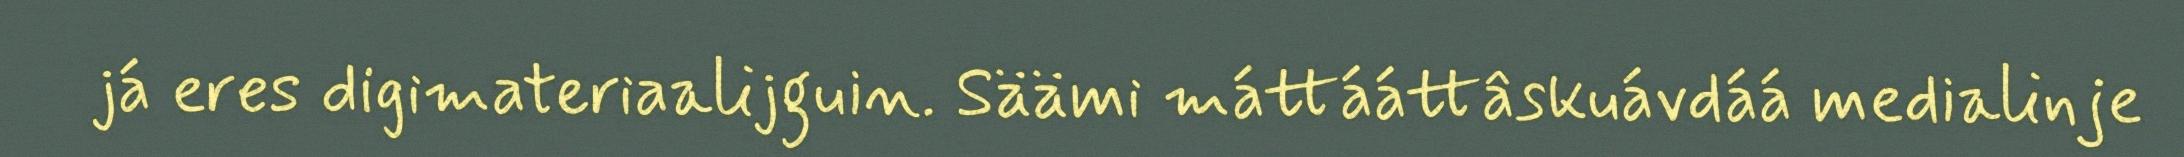
já eres digimateriaalijguin. Säämi máttááttâskuávdáá medialinje